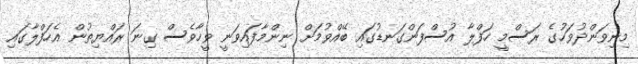
މިނިވަންދުވަހުގެ ރަސްމީ ހަފްލާ އުސްފަންގަނޑުގައި ބޭއްވުމަށް ނިންމާފައިވަނީ ވީހާވެސް ގިނަ ރައްޔިތުން އެހަފްލާގައި